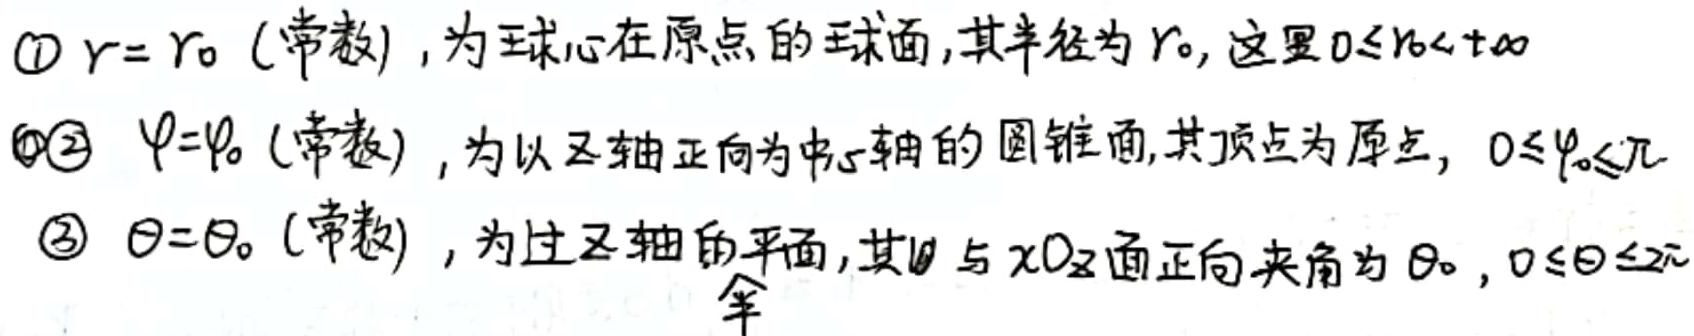
\textcircled{1} $r = r_0$ (常数), 为球心在原点的球面, 其半径为 $r_0$, 这里 $0\leq r_0<+\infty$
\textcircled{2} $\varphi=\varphi_0$ (常数), 为以 $z$ 轴正向为中心轴的圆锥面, 其顶点为原点, $0\leq\varphi_0\leq\pi$
\textcircled{3} $\theta=\theta_0$ (常数), 为过 $z$ 轴的平面, 其 $\theta$ 与 $xOz$ 面正向夹角为 $\theta_0$, $0\leq\theta_0\leq2\pi$